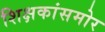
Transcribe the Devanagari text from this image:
शिक्षकांसमोर